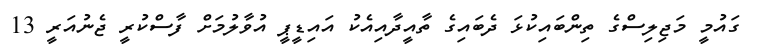
ގައުމީ މަޖިލިސްގެ ތިންބައިކުޅަ ދެބައިގެ ތާއީދާއިއެކު އައިޑީޕީ އުވާލުމަށް ފާސްކުރީ ޖެނުއަރީ 13